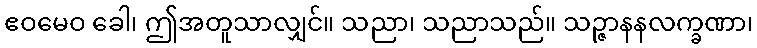
ဧဝမေဝ ခေါ၊ ဤအတူသာလျှင်။ သညာ၊ သညာသည်။ သဉ္ဇာနနလက္ခဏာ၊